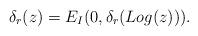
LaTeX: \begin{align*} \delta_r(z) = E_I(0, \delta_r( Log(z))).\end{align*}